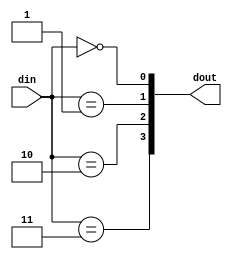
// Decoder with equal sign operation
module decoder_cond (din, dout);
	input	[1:0]	din;
	output	[3:0]	dout;
	
	assign	dout[0] = (din==2'b00);
	assign	dout[1] = (din==2'b01);
	assign	dout[2] = (din==2'b10);
	assign	dout[3] = (din==2'b11);
	
endmodule